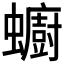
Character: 𧔋